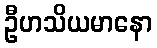
ဦဟသိယမာနော